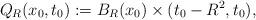
LaTeX: \begin{align*}Q_R(x_0,t_0):=B_R(x_0)\times(t_0-R^2,t_0),\end{align*}